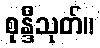
စုန္ဒီသုတ်။